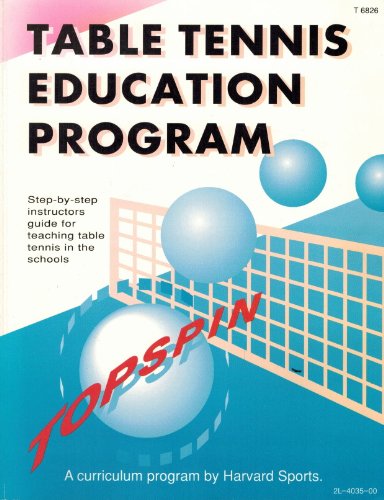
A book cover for Table Tennis Education Program: Step-By-Step Instructor's Guide for Teaching Table Tennis in the Schools; Steve Bruecker; Sports & Outdoors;